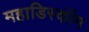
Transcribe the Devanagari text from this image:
महाडिस्कॉम